Report of the Hyderabad Chloroform Commission
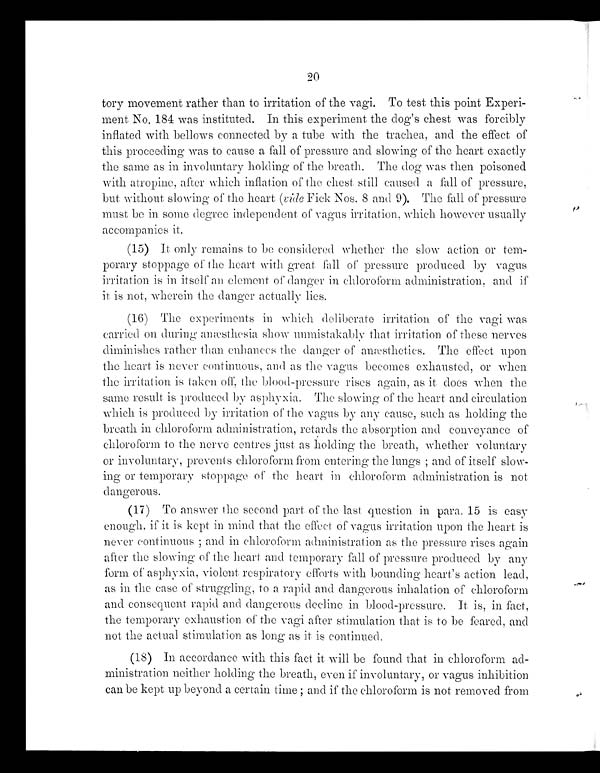
20
tory movement rather than to irritation of the vagi. To test this point Experi-
ment No. 184 was instituted. In this experiment the dog's chest was forcibly
inflated with bellows connected by a tube with the trachea, and the effect of
this proceeding was to cause a fall of pressure and slowing of the heart exactly
the same as in involuntary holding of the breath. The dog was then poisoned
with atropine, after which inflation of the chest, still caused a fall of pressure,
but without slowing of the heart (vide Fick Nos. 8 and 9). The fall of pressure
must be in some degree independent of vagus irritation, which however usually
accompanies it.
(15) It only remains to be considered whether the slow action or tem-
porary stoppage of the heart with great fall of pressure produced by vagus
irritation is in itself an element of danger in chloroform administration, and if
it is not, wherein the danger actually lies.
(16) The experiments in which deliberate irritation of the vagi was
carried on during anæsthesia show unmistakably that irritation of these nerves
diminishes rather than enhances the danger of anæsthetics. The effect upon
the heart is never continuous, and as the vagus becomes exhausted, or when
the irritation is taken off, the blood-pressure rises again, as it does when the
same result is produced by asphyxia. The slowing of the heart and circulation
which is produced by irritation of the vagus by any cause, such as holding the
breath in chloroform administration, retards the absorption and conveyance of
chloroform to the nerve centres just as holding the breath, whether voluntary
or involuntary, prevents chloroform from entering the lungs; and of itself slow-
ing or temporary stoppage of the heart in chloroform administration is not
dangerous.
(17) To answer the second part of the last question in para. 15 is easy
enough, if it is kept in mind that the effect of vagus irritation upon the heart is
never continuous; and in chloroform administration as the pressure rises again
after the slowing of the heart and temporary fall of pressure produced by any
form of asphyxia, violent, respiratory efforts with bounding heart's action lead,
as in the case of struggling, to a rapid and dangerous inhalation of chloroform
and consequent rapid and dangerous decline in blood-pressure. It is, in fact,
the temporary exhaustion of the vagi after stimulation that is to be feared, and
not the actual stimulation as long as it is continued.
(18) In accordance with this fact it will be found that in chloroform ad-
ministration neither holding the breath, even if involuntary, or vagus inhibition
can be kept up beyond a certain time; and if the chloroform is not removed from